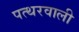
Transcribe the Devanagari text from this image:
पत्थरवाली